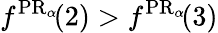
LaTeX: f^{\operatorname{PR}_{\alpha}\! }(2)>f^{\operatorname{PR}_{\alpha}\! }(3)